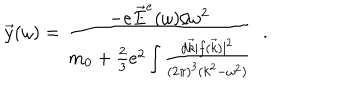
\vec { y } ( \omega ) = { \frac { - e \vec { E } ^ { e } ( \omega ) / \omega ^ { 2 } } { m _ { 0 } + { \frac { 2 } { 3 } } e ^ { 2 } \int { \frac { d \vec { k } | f ( \vec { k } ) | ^ { 2 } } { ( 2 \pi ) ^ { 3 } ( k ^ { 2 } - \omega ^ { 2 } ) } } } } { ~ ~ } .